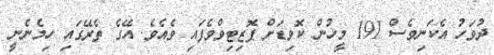
ދުވަހު އެކަނިވެސް 191 މީހުން ކޮވިޑަށް ޕޮޒިޓިވްވެފައި ވެއެވެ. އޭގެ ތެރޭގައި ހިމެނެނީ